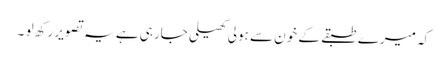
کہ میرے طبقے کے خون سے ہولی کھیلی جارہی ہے یہ تصویر رکھ لو ۔